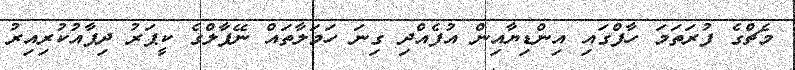
މެޗްގެ ފުރަތަމަ ހާފްގައި އިންޑިޔާއިން އުފެއްދި ގިނަ ހަމަލާތައް ނޭޕާލްގެ ކީޕަރު ދިފާއުކުރިއިރު